Document type: Sale
Year: 1461
Scribe: [Unknown]
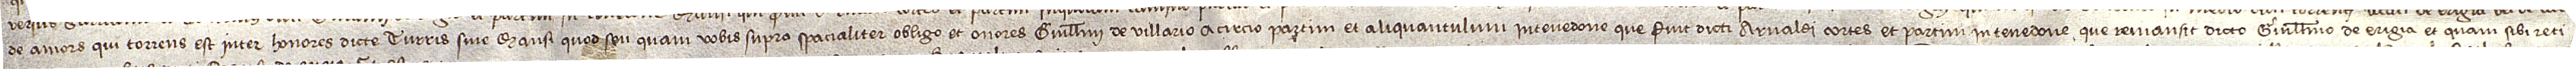
de Amors, qui torrens est inter honores dicte turris sive mansi quod seu quam vobis supra spacialiter obligo et onores Guillelmi de Villa; a circio partim et aliquantulum in tenedone que fuit dicti Arnaldi Cortes et partim in tenedone que remansit dicto Guillelmo de Erigia et quam sibi reti-